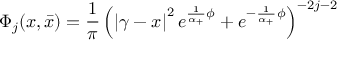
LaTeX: \Phi _ { j } ( x , \bar { x } ) = \frac 1 \pi \left( \left| \gamma - x \right| ^ { 2 } e ^ { \frac 1 { \alpha _ { + } } \phi } + e ^ { - \frac 1 { \alpha _ { + } } \phi } \right) ^ { - 2 j - 2 }